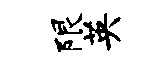
限英